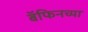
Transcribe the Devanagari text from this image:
बॅफिनच्या